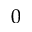
0